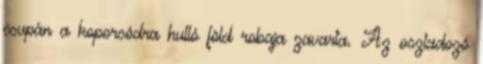
csupán a koporsódra hulló föld robaja zavarta. Az oszladozó